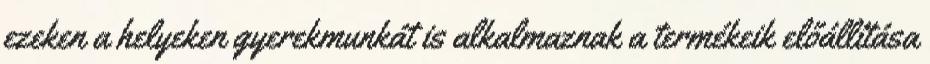
ezeken a helyeken gyerekmunkát is alkalmaznak a termékeik előállítása